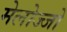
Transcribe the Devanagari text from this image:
मेलोज्जो